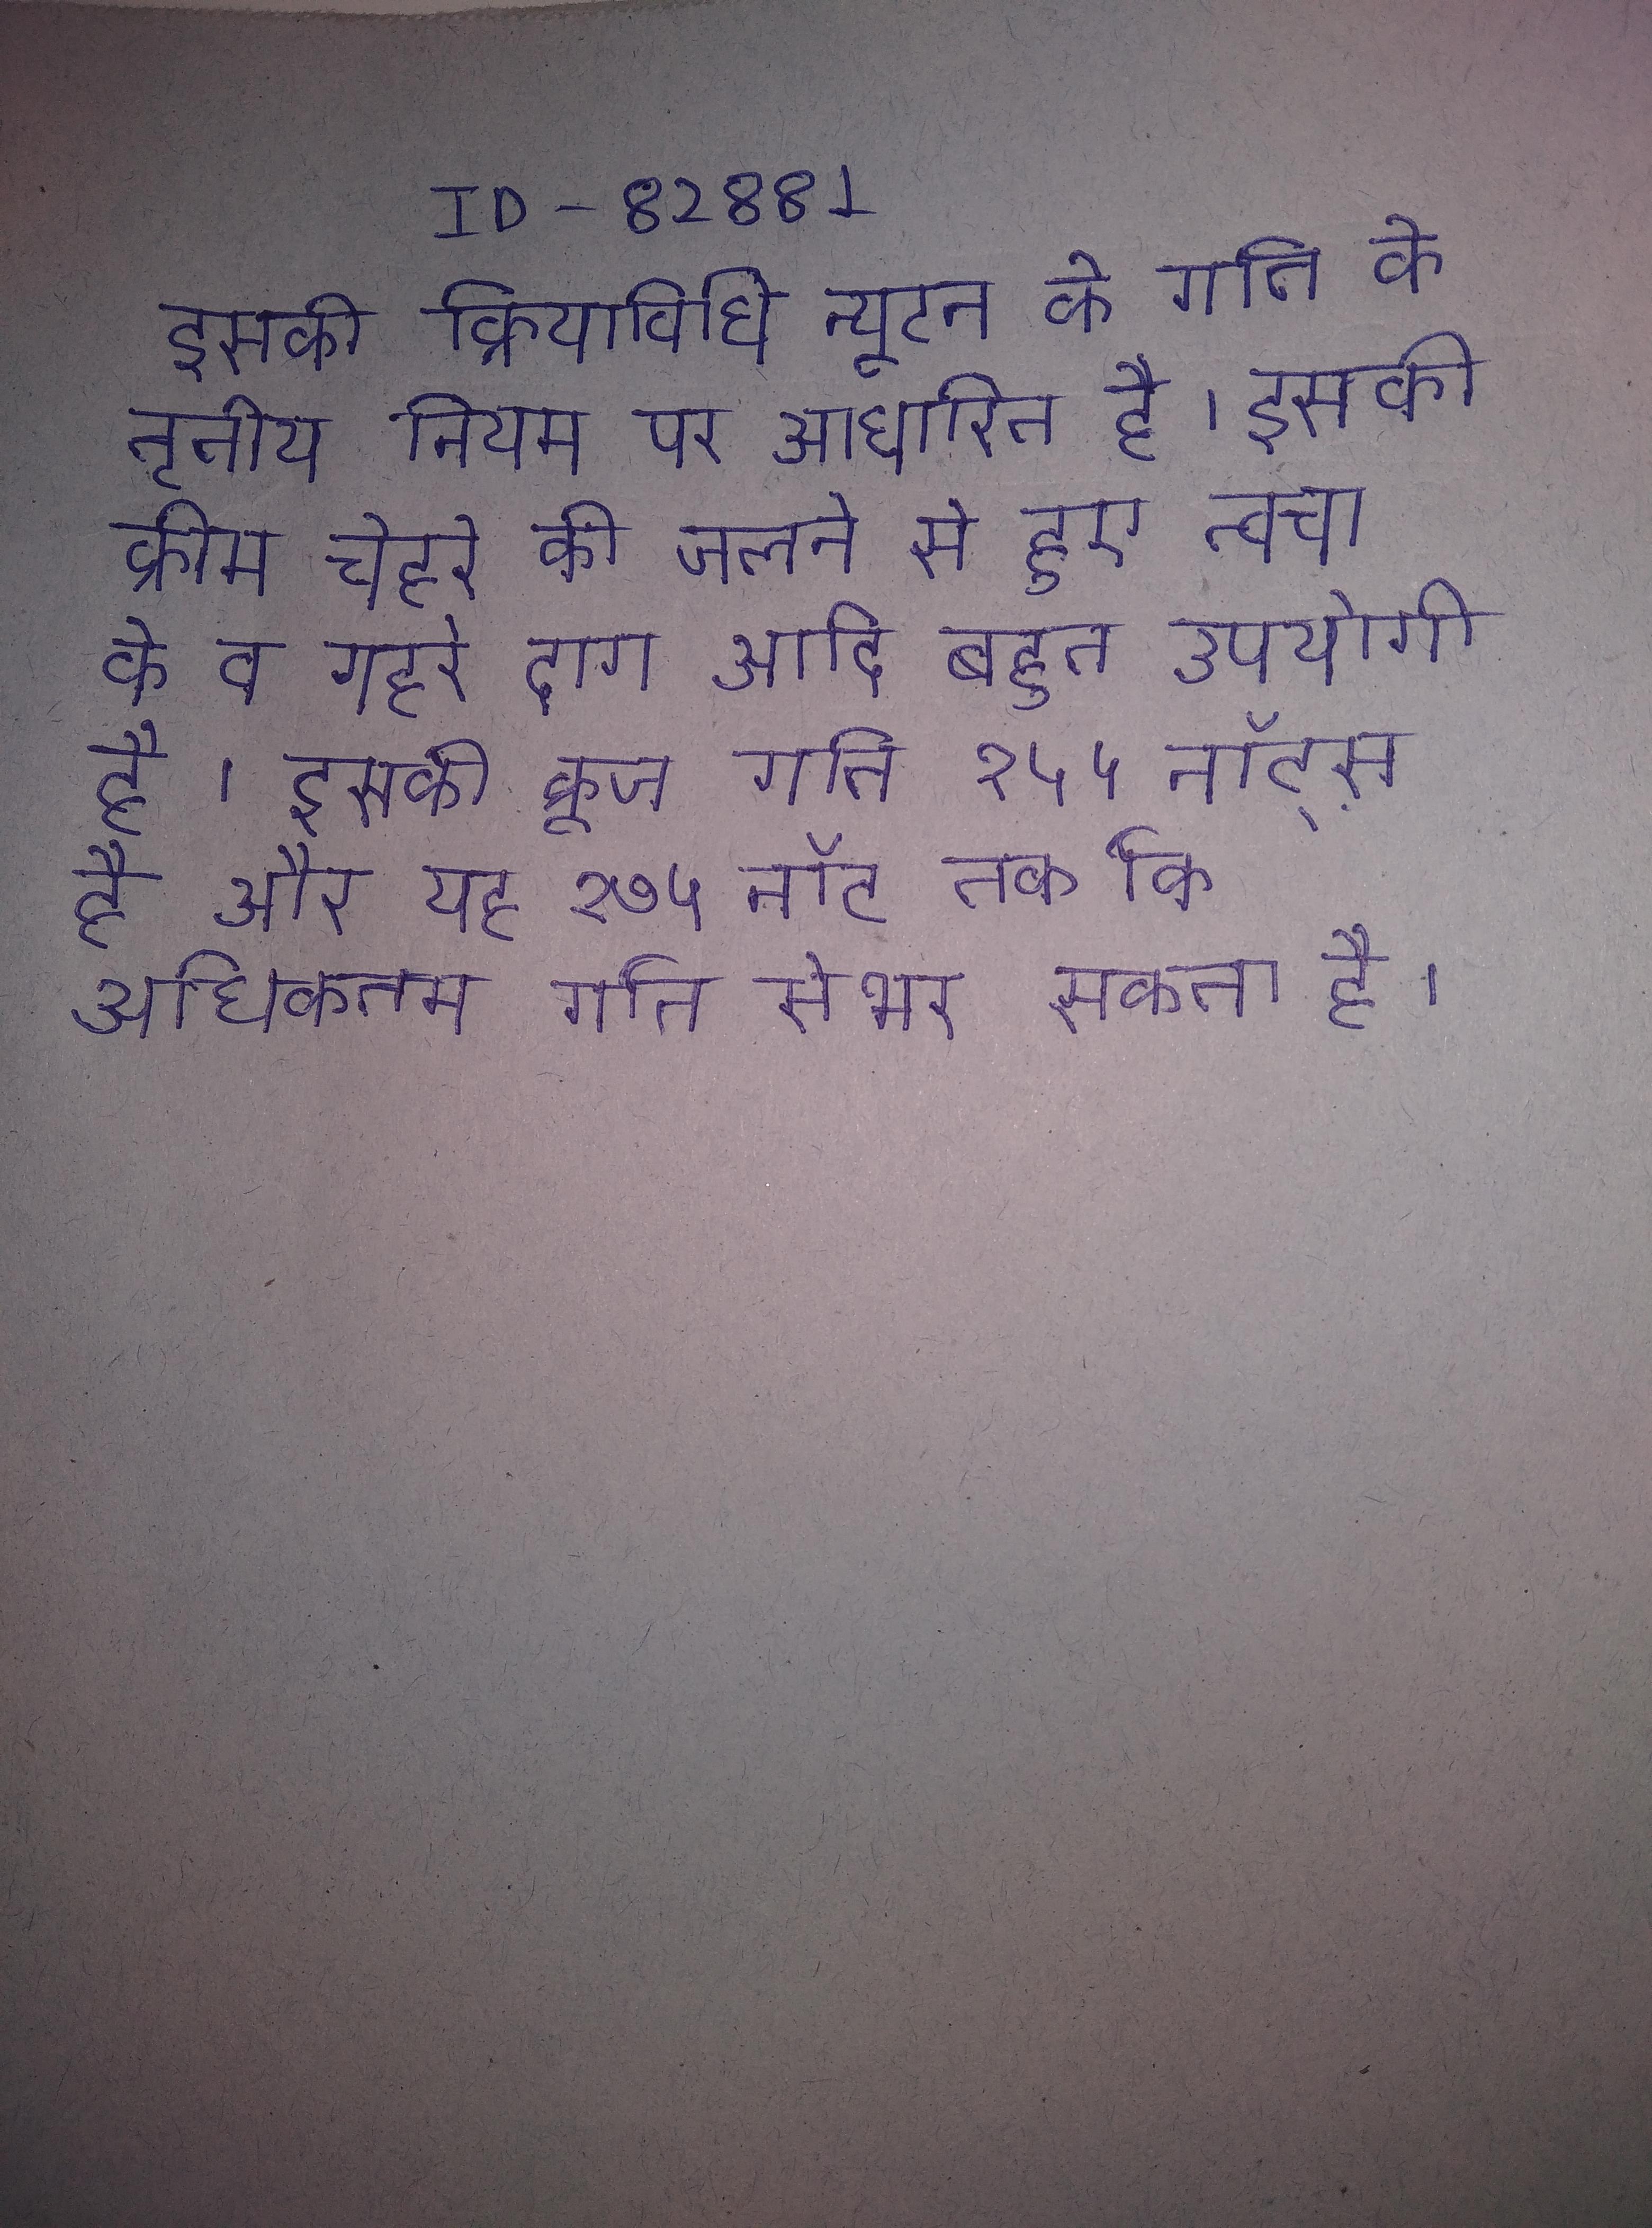
इसकी क्रियाविधि न्यूटन के गति के तृतीय नियम पर आधारित है । इसकी क्रीम चेहरे की जलने से हुए त्वचा के व गहरे दाग आदि बहुत उपयोगी है । इसकी क्रूज गति १५५ नॉट्स है और यह १७५ नॉट तक कि अधिकतम गति से भर सकता है ।